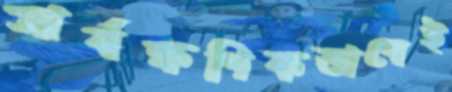
সার্বক্ষণিকভাবেই